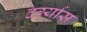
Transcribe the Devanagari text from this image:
दर्ग्यास